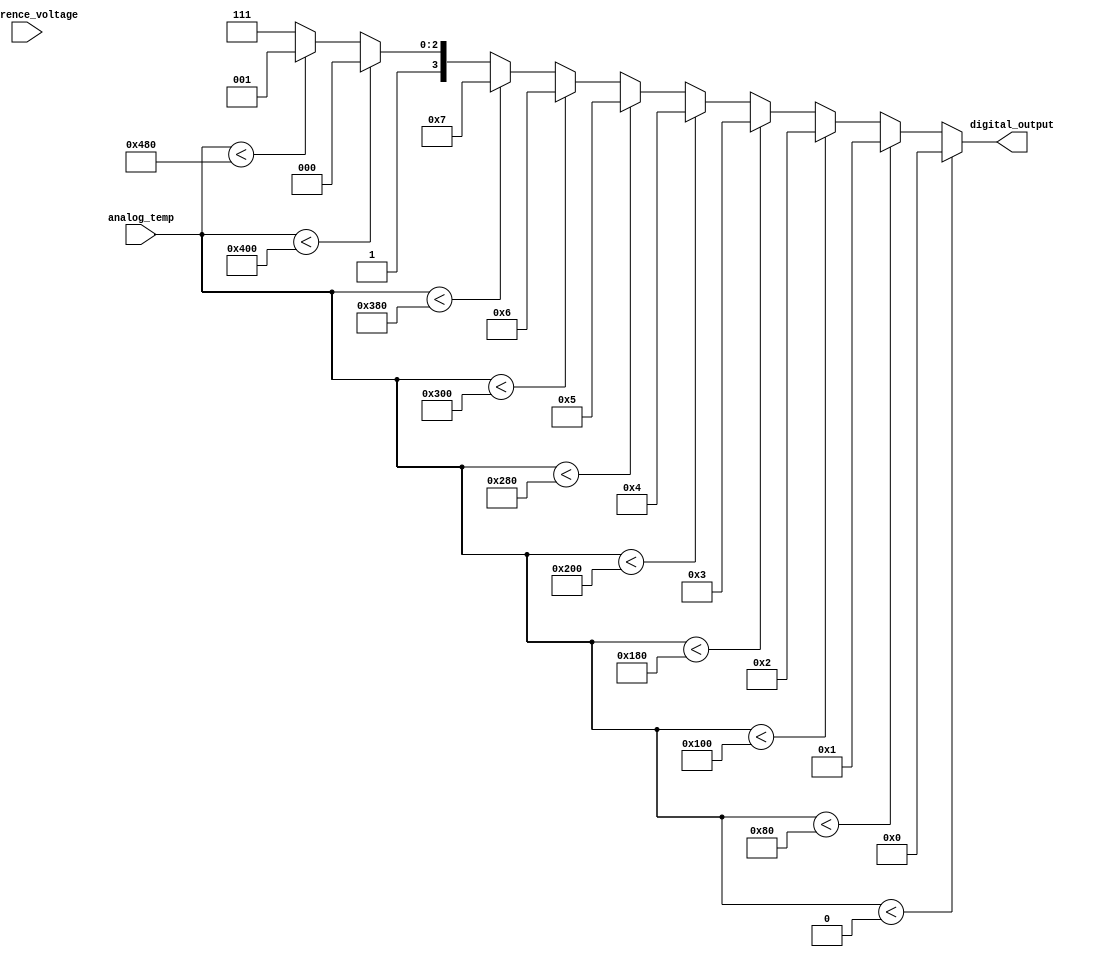
module thermal_encoder (
    input [9:0] analog_temp,      // 10-bit input for analog temperature signal (0 to 1023, representing -20 to 100C)
    input [9:0] reference_voltage, // 10-bit input for reference voltage (example: 0 to 1023)
    output reg [3:0] digital_output // 4-bit output for binary representation of the temperature
);
    
    // Temperature thresholds (for simplicity, assume linear mapping)
    localparam TEMP_MIN = 10'd0;         // -20C = 0
    localparam TEMP_MAX = 10'd1023;      // 100C = 1023
    localparam THRESHOLD_STEP = 10'd128;  // Increment for each 10C step to find encoding range

    always @(*) begin
        // Default output
        digital_output = 4'b0000; // Default output
        
        // Encoding logic based on predefined temperature ranges
        // Each temperature range corresponds to a 4-bit output
        if (analog_temp < TEMP_MIN) begin
            digital_output = 4'b0000;  // Out of range
        end else if (analog_temp < TEMP_MIN + THRESHOLD_STEP) begin 
            digital_output = 4'b0001;  // Temp range -20C to -10C
        end else if (analog_temp < TEMP_MIN + 2 * THRESHOLD_STEP) begin
            digital_output = 4'b0010;  // Temp range -10C to 0C
        end else if (analog_temp < TEMP_MIN + 3 * THRESHOLD_STEP) begin
            digital_output = 4'b0011;  // Temp range 0C to 10C
        end else if (analog_temp < TEMP_MIN + 4 * THRESHOLD_STEP) begin
            digital_output = 4'b0100;  // Temp range 10C to 20C
        end else if (analog_temp < TEMP_MIN + 5 * THRESHOLD_STEP) begin
            digital_output = 4'b0101;  // Temp range 20C to 30C
        end else if (analog_temp < TEMP_MIN + 6 * THRESHOLD_STEP) begin
            digital_output = 4'b0110;  // Temp range 30C to 40C
        end else if (analog_temp < TEMP_MIN + 7 * THRESHOLD_STEP) begin
            digital_output = 4'b0111;  // Temp range 40C to 50C
        end else if (analog_temp < TEMP_MIN + 8 * THRESHOLD_STEP) begin
            digital_output = 4'b1000;  // Temp range 50C to 60C
        end else if (analog_temp < TEMP_MIN + 9 * THRESHOLD_STEP) begin
            digital_output = 4'b1001;  // Temp range 60C to 70C
        end else if (analog_temp < TEMP_MAX) begin
            digital_output = 4'b1111;  // Temp range 90C to 100C
        end else begin
            digital_output = 4'b1111;  // Out of range (over 100C)
        end
    end

endmodule